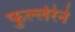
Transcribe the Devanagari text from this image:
फुल्लेरेने